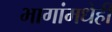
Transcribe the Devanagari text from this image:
भागांमधेही